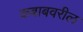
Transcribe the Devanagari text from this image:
कबाबवरील